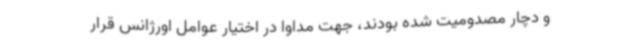
و دچار مصدومیت شده بودند، جهت مداوا در اختیار عوامل اورژانس قرار